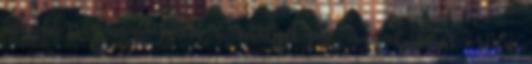
inkább azt mondanám, h amelyik jut, annak fogok örülni